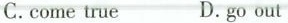
C.come true D.go out